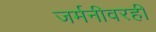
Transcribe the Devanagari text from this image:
जर्मनीवरही